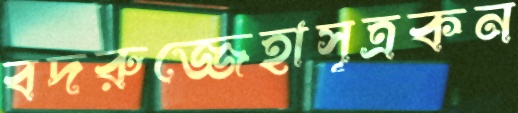
বদরুজ্জেহাসূত্রকন